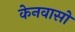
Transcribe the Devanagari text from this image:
केनवासों